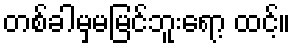
တစ်ခါမှမမြင်ဘူးရော့ ထင့်။